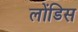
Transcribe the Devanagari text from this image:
लोंडिस